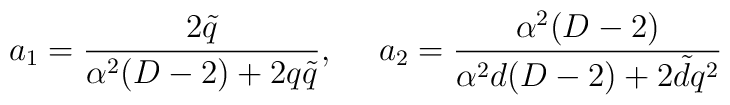
a_{1}=\frac{2\tilde q}{\alpha^{2}(D-2)+2q\tilde q},~~~~a_{2}=\frac{\alpha^{2}(D-2)}{\alpha^{2}d(D-2)+2\tilde d q^{2}}